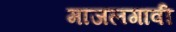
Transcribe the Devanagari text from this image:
माजलगावी